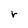
Character: r